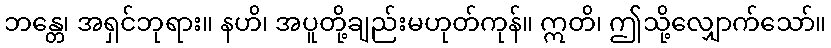
ဘန္တေ၊ အရှင်ဘုရား။ နဟိ၊ အပူတို့ချည်းမဟုတ်ကုန်။ ဣတိ၊ ဤသို့လျှောက်သော်။